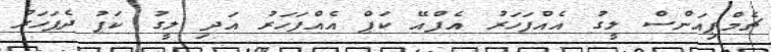
ޗެމްޕިއަންސް ލީގު އެއްފަހަރު އެފްއޭ ކަޕް އެއްފަހަރު އަދި ލީގު ކަޕު ދެފަހަރު